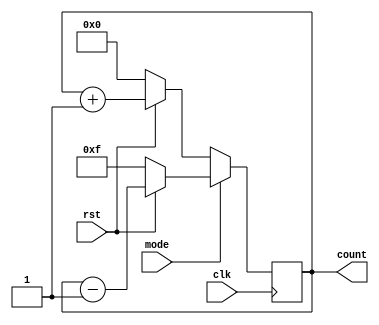
`timescale 1ns / 1ps
//////////////////////////////////////////////////////////////////////////////////
// Design Name: 	 Up Down Counter
// Module Name:    up_down_counter   
// Tool versions: ISE Design Suit 14.7
// Revision 0.01 - File Created
//////////////////////////////////////////////////////////////////////////////////
module up_down_counter(clk,rst,mode,count);
input clk,rst,mode;
output [3:0]count;
reg [3:0]count;
always@(posedge clk)
if(mode==0)
begin                  //work as up counter
	if(rst==0)
	count<=4'b0000;
	else
	count<=count+1;
end
else  
begin                 //work as down counter
	if(rst==0)
	count<=4'b1111;
	else
	count<=count-1;
end
endmodule